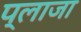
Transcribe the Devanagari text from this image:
प्‍लाजा